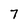
Character: 7